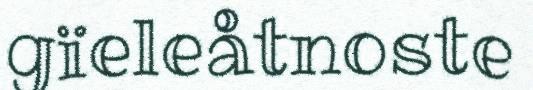
gïeleåtnoste